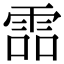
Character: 𩂩